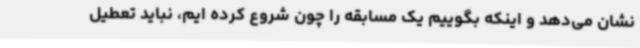
نشان می‌دهد و اینکه بگوییم یک مسابقه را چون شروع کرده ایم، نباید تعطیل